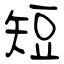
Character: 短